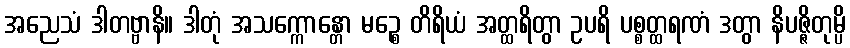
အညေသံ ဒါတဗ္ဗာနိ။ ဒါတုံ အသက္ကောန္တော မဉ္စေ တိရိယံ အတ္ထရိတွာ ဥပရိ ပစ္စတ္ထရဏံ ဒတွာ နိပဇ္ဇိတုမ္ပိ